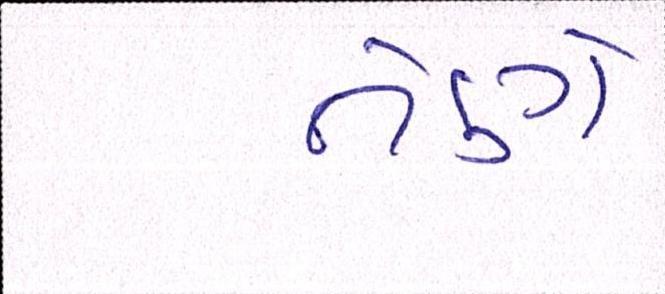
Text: તેણે